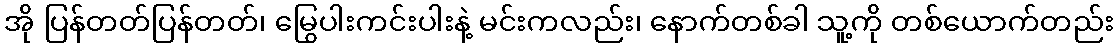
အို ပြန်တတ်ပြန်တတ်၊ မြွေပါးကင်းပါးနဲ့ မင်းကလည်း၊ နောက်တစ်ခါ သူ့ကို တစ်ယောက်တည်း